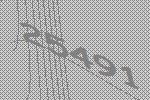
25491